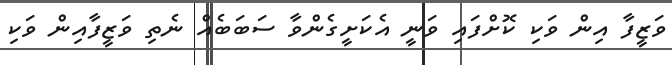
ވަޒީފާ އިން ވަކި ކޮށްފައި ވަނީ އެކަށީގެންވާ ސަބަބެއް ނެތި ވަޒީފާއިން ވަކި